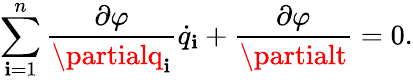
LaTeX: \sum_{\mathbf{i}=1}^{n}\frac{{\partial\varphi}}{{\partialq_{\mathbf{i}}}}\dot{{q}}_{\mathbf{i}}+\frac{{\partial\varphi}}{{\partialt}}=0{.}